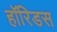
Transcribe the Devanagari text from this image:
हॉरिडस